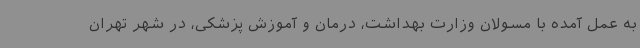
به عمل آمده با مسولان وزارت بهداشت، درمان و آموزش پزشکی، در شهر تهران